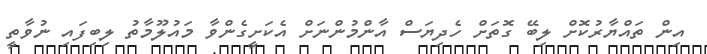
އިން ތައްޔާރުކޮށް ލިބޭ ގޮތަށް ހެދިޔަސް އާންމުންނަށް އެކަށީގެންވާ މައުލޫމާތު ލިބިފައި ނުވާތީ